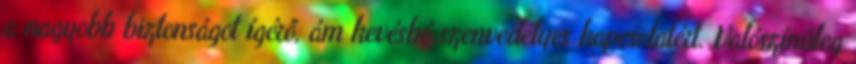
a nagyobb biztonságot ígérő, ám kevésbé szenvedélyes kapcsolatért. Valószínűleg